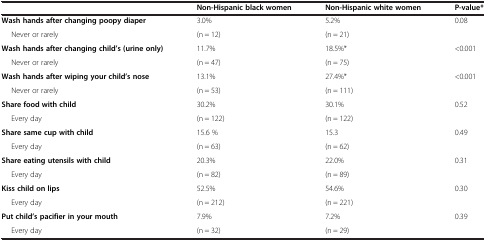
<table><thead><tr><td></td><td><b>Non-Hispanic black women</b></td><td><b>Non-Hispanic white women</b></td><td><b>P-value*</b></td></tr></thead><tbody><tr><td><b>Wash hands after changing poopy diaper</b></td><td>3.0%</td><td>5.2%</td><td rowspan="2">0.08</td></tr><tr><td>Never or rarely</td><td>(n = 12)</td><td>(n = 21)</td></tr><tr><td><b>Wash hands after changing child’s (urine only)</b></td><td>11.7%</td><td>18.5%*</td><td rowspan="2">&lt;0.001</td></tr><tr><td>Never or rarely</td><td>(n = 47)</td><td>(n = 75)</td></tr><tr><td><b>Wash hands after wiping your child’s nose</b></td><td>13.1%</td><td>27.4%*</td><td rowspan="2">&lt;0.001</td></tr><tr><td>Never or rarely</td><td>(n = 53)</td><td>(n = 111)</td></tr><tr><td><b>Share food with child</b></td><td>30.2%</td><td>30.1%</td><td rowspan="2">0.52</td></tr><tr><td>Every day</td><td>(n = 122)</td><td>(n = 122)</td></tr><tr><td><b>Share same cup with child</b></td><td>15.6 %</td><td>15.3</td><td rowspan="2">0.49</td></tr><tr><td>Every day</td><td>(n = 63)</td><td>(n = 62)</td></tr><tr><td><b>Share eating utensils with child</b></td><td>20.3%</td><td>22.0%</td><td rowspan="2">0.31</td></tr><tr><td>Every day</td><td>(n = 82)</td><td>(n = 89)</td></tr><tr><td><b>Kiss child on lips</b></td><td>52.5%</td><td>54.6%</td><td rowspan="2">0.30</td></tr><tr><td>Every day</td><td>(n = 212)</td><td>(n = 221)</td></tr><tr><td><b>Put child’s pacifier in your mouth</b></td><td>7.9%</td><td>7.2%</td><td rowspan="2">0.39</td></tr><tr><td>Every day</td><td>(n = 32)</td><td>(n = 29)</td></tr></tbody></table>